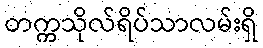
တက္ကသိုလ်ရိပ်သာလမ်းရှိ